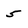
Character: 5